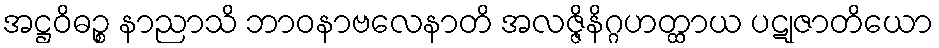
အဋ္ဌဝိဓဉ္စ နာညာသိ ဘာဝနာဗလေနာတိ အလဇ္ဇိနိဂ္ဂဟတ္ထာယ ပဋုဇာတိယော